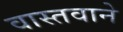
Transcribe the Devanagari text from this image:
वास्तवाने